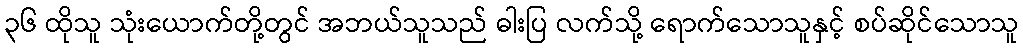
၃၆ ထိုသူ သုံးယောက်တို့တွင် အဘယ်သူသည် ဓါးပြ လက်သို့ ရောက်သောသူနှင့် စပ်ဆိုင်သောသူ